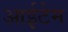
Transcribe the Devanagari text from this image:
आईटेम